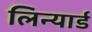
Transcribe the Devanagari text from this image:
लिन्यार्ड